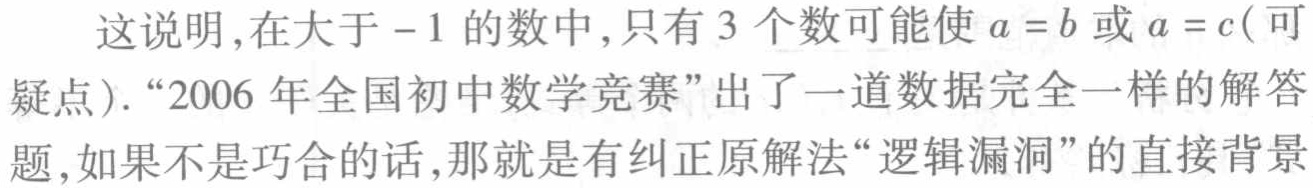
这说明,在大于$-1$的数中,只有$3$个数可能使$a = b$或$a = c$(可
疑点).“2006 年全国初中数学竞赛”出了一道数据完全一样的解答
题,如果不是巧合的话,那就是有纠正原解法“逻辑漏洞”的直接背景